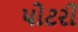
પોટરી